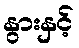
နွားနှင့်